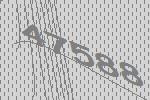
47588